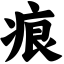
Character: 痕